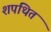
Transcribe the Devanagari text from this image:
शपथित